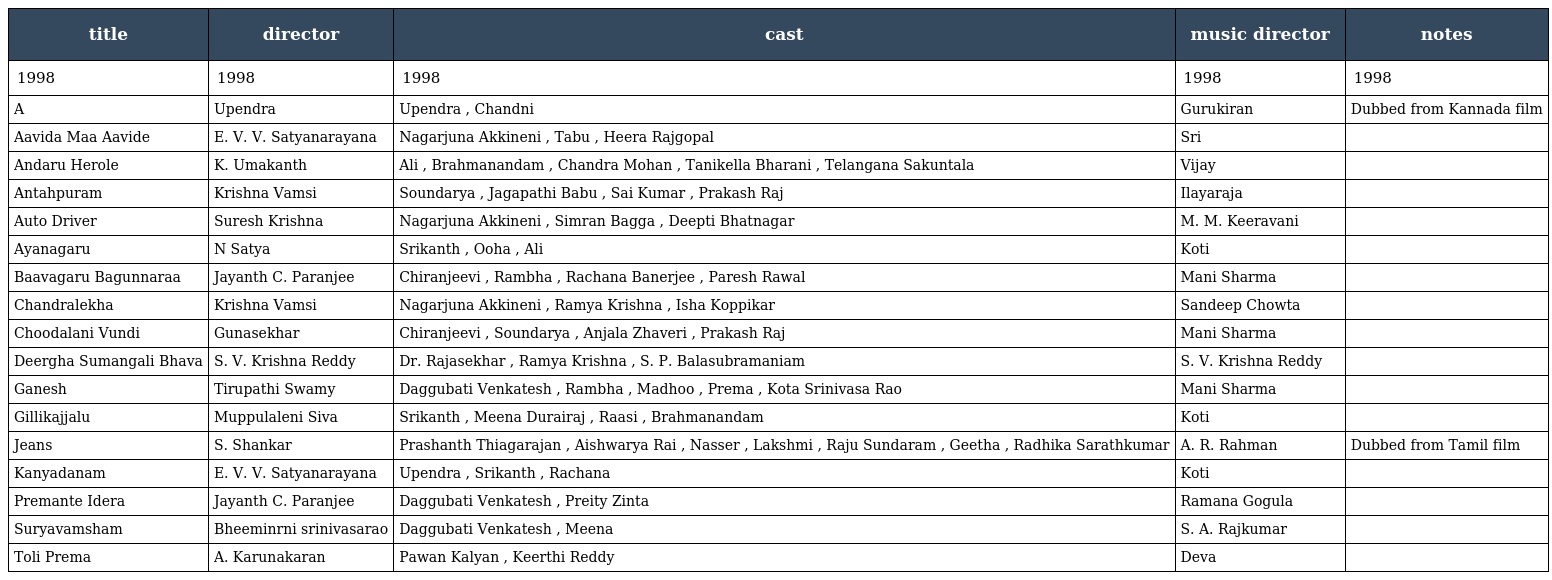
| title | director | cast | music director | notes |
 | --- | --- | --- | --- | --- |
 | 1998 | 1998 | 1998 | 1998 | 1998 |
 | A | Upendra | Upendra , Chandni | Gurukiran | Dubbed from Kannada film |
 | Aavida Maa Aavide | E. V. V. Satyanarayana | Nagarjuna Akkineni , Tabu , Heera Rajgopal | Sri |  |
 | Andaru Herole | K. Umakanth | Ali , Brahmanandam , Chandra Mohan , Tanikella Bharani , Telangana Sakuntala | Vijay |  |
 | Antahpuram | Krishna Vamsi | Soundarya , Jagapathi Babu , Sai Kumar , Prakash Raj | Ilayaraja |  |
 | Auto Driver | Suresh Krishna | Nagarjuna Akkineni , Simran Bagga , Deepti Bhatnagar | M. M. Keeravani |  |
 | Ayanagaru | N Satya | Srikanth , Ooha , Ali | Koti |  |
 | Baavagaru Bagunnaraa | Jayanth C. Paranjee | Chiranjeevi , Rambha , Rachana Banerjee , Paresh Rawal | Mani Sharma |  |
 | Chandralekha | Krishna Vamsi | Nagarjuna Akkineni , Ramya Krishna , Isha Koppikar | Sandeep Chowta |  |
 | Choodalani Vundi | Gunasekhar | Chiranjeevi , Soundarya , Anjala Zhaveri , Prakash Raj | Mani Sharma |  |
 | Deergha Sumangali Bhava | S. V. Krishna Reddy | Dr. Rajasekhar , Ramya Krishna , S. P. Balasubramaniam | S. V. Krishna Reddy |  |
 | Ganesh | Tirupathi Swamy | Daggubati Venkatesh , Rambha , Madhoo , Prema , Kota Srinivasa Rao | Mani Sharma |  |
 | Gillikajjalu | Muppulaleni Siva | Srikanth , Meena Durairaj , Raasi , Brahmanandam | Koti |  |
 | Jeans | S. Shankar | Prashanth Thiagarajan , Aishwarya Rai , Nasser , Lakshmi , Raju Sundaram , Geetha , Radhika Sarathkumar | A. R. Rahman | Dubbed from Tamil film |
 | Kanyadanam | E. V. V. Satyanarayana | Upendra , Srikanth , Rachana | Koti |  |
 | Premante Idera | Jayanth C. Paranjee | Daggubati Venkatesh , Preity Zinta | Ramana Gogula |  |
 | Suryavamsham | Bheeminrni srinivasarao | Daggubati Venkatesh , Meena | S. A. Rajkumar |  |
 | Toli Prema | A. Karunakaran | Pawan Kalyan , Keerthi Reddy | Deva |  |